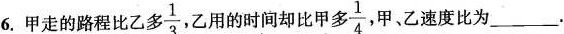
6.甲走的路程比乙多\frac{1}{3}，乙用的时间却比甲多\frac{1}{4}，甲、乙速度比为___.